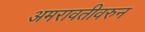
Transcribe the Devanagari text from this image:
अमरावतीवरुन